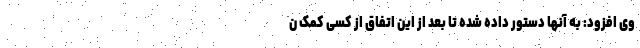
وی افزود: به آنها دستور داده شده تا بعد از این اتفاق از کسی کمک ن